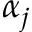
\alpha _ { j }